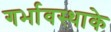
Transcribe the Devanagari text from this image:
गर्भावस्थाके